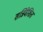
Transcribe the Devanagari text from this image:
सन्निवेशित